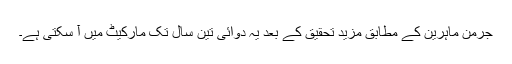
جرمن ماہرین کے مطابق مزید تحقیق کے بعد یہ دوائی تین سال تک مارکیٹ میں آ سکتی ہے۔